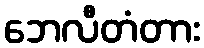
ဘေလီတံတား